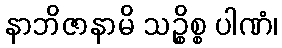
နာဘိဇာနာမိ သဉ္စိစ္စ ပါဏံ၊